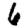
Digit: 6